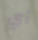
أي